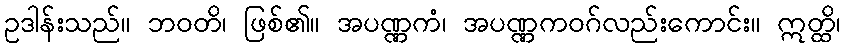
ဥဒါန်းသည်။ ဘဝတိ၊ ဖြစ်၏။ အပဏ္ဏကံ၊ အပဏ္ဏကဝဂ်လည်းကောင်း။ ဣတ္ထိ၊